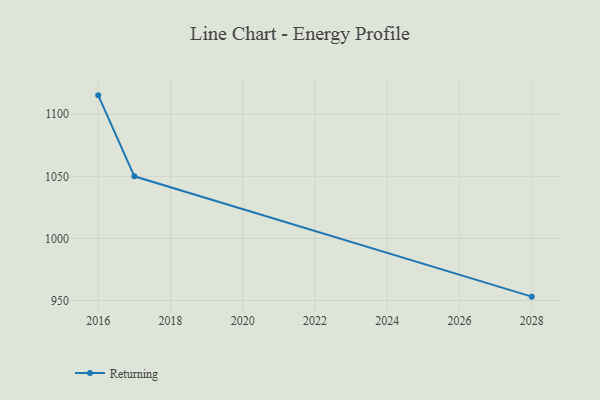
{"axis": {"x": "Year", "y": "Waste Production (Tons)"}, "legend": ["Returning"], "data": [{"x": "2028", "y": 953.1, "type": "Returning"}, {"x": "2017", "y": 1050.0, "type": "Returning"}, {"x": "2016", "y": 1115.2, "type": "Returning"}]}